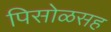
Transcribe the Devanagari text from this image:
पिसोळसह